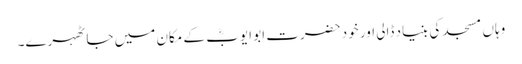
وہاں مسجد کی بنیاد ڈالی اور خود حضرت ابو ایوبؓ کے مکان میں جا ٹھہرے۔